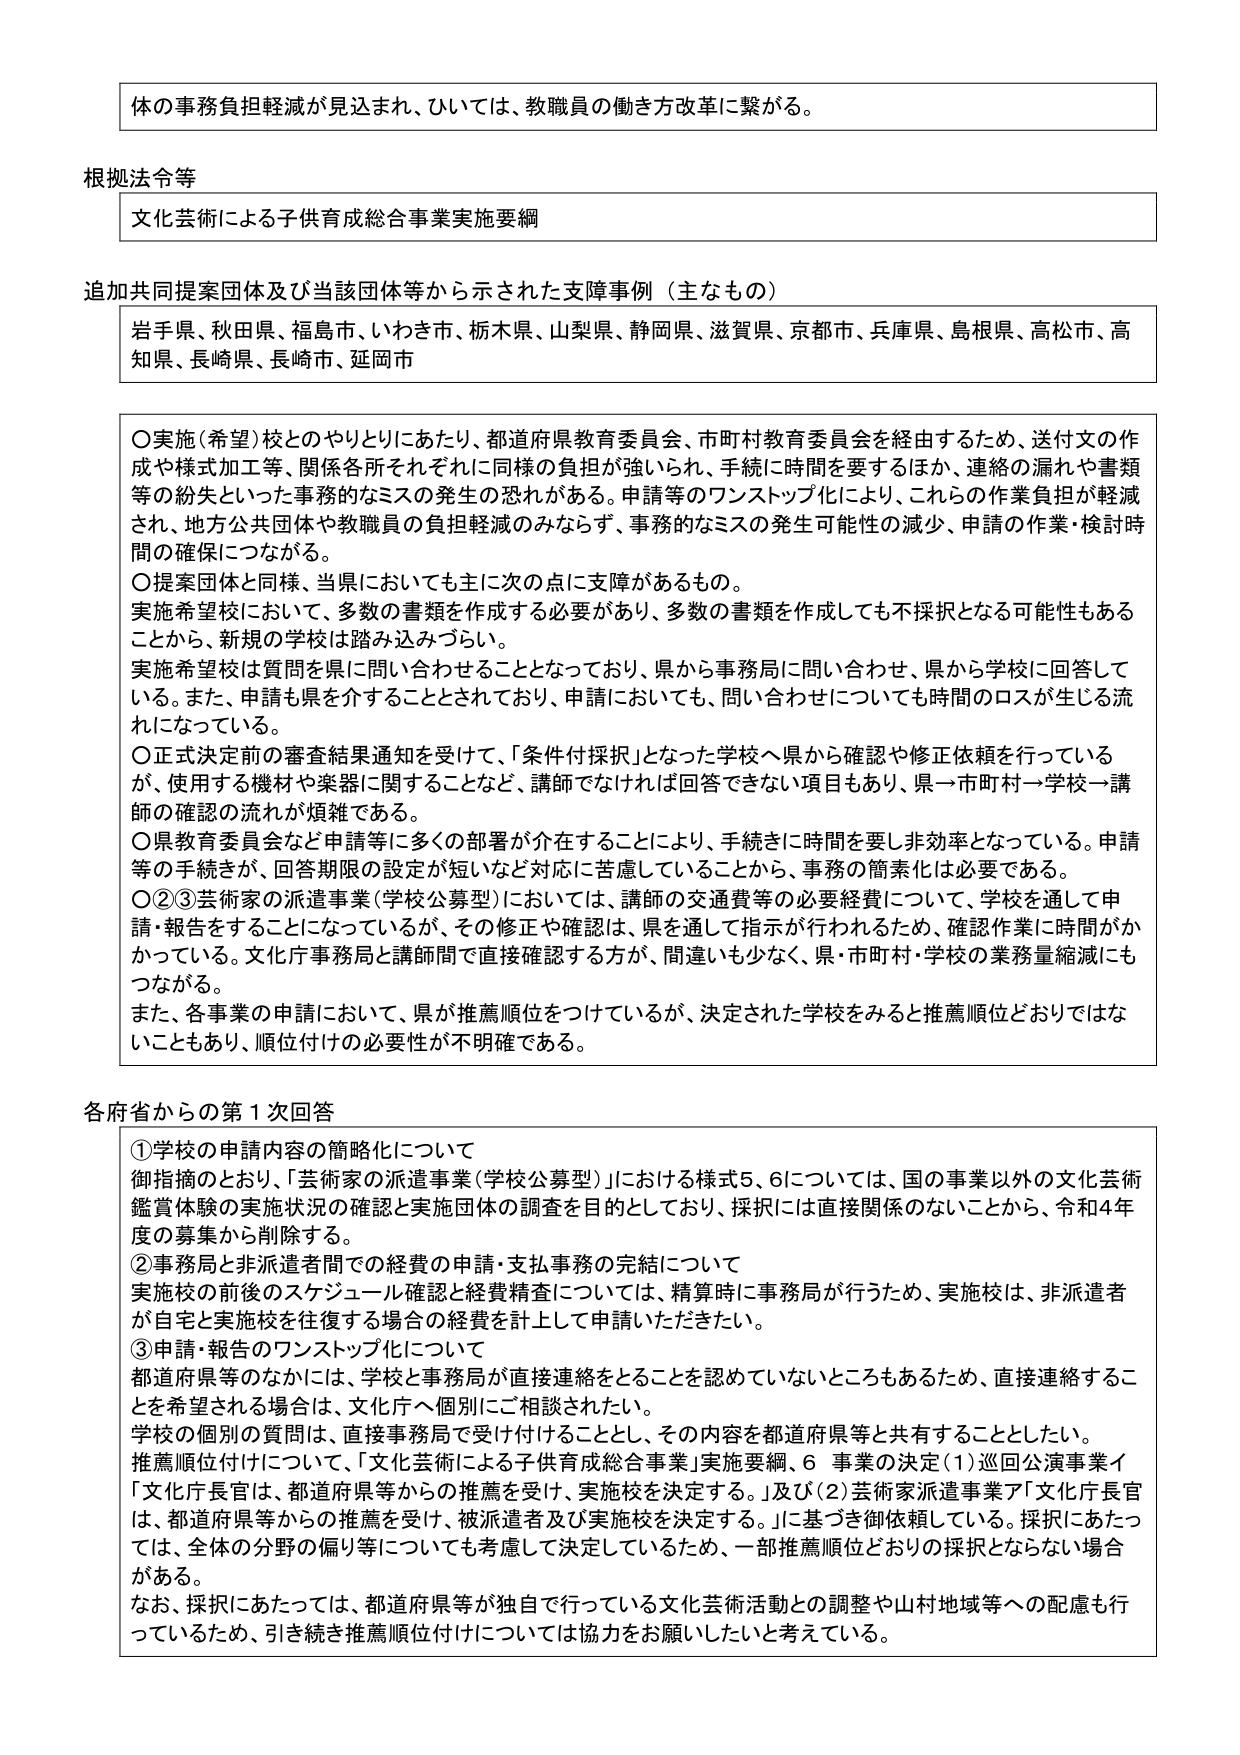
体の事務負担軽減が見込まれ、ひいては、教職員の働き方改革に繋がる。

根拠法令等
文化芸術による子供育成総合事業実施要綱

追加共同提案団体及び当該団体等から示された支障事例（主なもの）
岩手県、秋田県、福島県、いわき市、栃木県、山梨県、静岡県、滋賀県、京都市、兵庫県、島根県、高松市、高知県、長崎県、長崎市、延岡市

〇実施（希望）校とのやりとりにあたり、都道府県教育委員会、市町村教育委員会を経由するため、送付文の作成や様式加工等、関係各所それぞれに同様の負担が強いられ、手続に時間を要するほか、連絡の漏れや書類等の紛失といった事務的なミスの発生の恐れがある。申請等のワンストップ化により、これらの作業負担が軽減され、地方公共団体や教職員の負担軽減のみならず、事務的なミスの発生可能性の減少、申請の作業・検討時間の確保につながる。
〇提案団体と同様、当県においても主に次の点に支障があるもの。
実施希望校において、多数の書類を作成する必要があり、多数の書類を作成しても不採択となる可能性もあることから、新規の学校は踏み込みづらい。
実施希望校は質問を県に問い合わせることとなっており、県から事務局に問い合わせ、県から学校に回答している。また、申請も県を介することとされており、申請においても、問い合わせについても時間のロスが生じる流れになっている。
〇正式決定前の審査結果通知を受けて、「条件付採択」となった学校へ県から確認や修正依頼を行っているが、使用する機材や楽器に関することなど、講師でなければ回答できない項目もあり、県→市町村→学校→講師の確認の流れが煩雑である。
〇県教育委員会など申請等に多くの部署が介在することにより、手続きに時間を要し非効率となっている。申請等の手続きが、回答期限の設定が短いなど対応に苦慮していることから、事務の簡素化は必要である。
〇②③芸術家の派遣事業（学校公募型）においては、講師の交通費等の必要経費について、学校を通して申請・報告することになっているが、その修正や確認は、県を通じて指示が行われるため、確認作業に時間がかかっている。文化庁事務局と講師間で直接確認する方が、間違いも少なく、県・市町村・学校の業務量縮減にもつながる。
また、各事業の申請において、県が推薦順位をつけていているが、決定された学校をみると推薦順位どおりではないこともあり、順位付けの必要性が不明確である。

各府省からの第１次回答
①学校の申請内容の簡略化について
御指摘のとおり、「芸術家の派遣事業（学校公募型）」における様式5、6については、国の事業以外の文化芸術鑑賞体験の実施状況の確認と実施団体の調査を目的としており、採択には直接関係のないことから、令和4年度の募集から削除する。
②事務局と非派遣者間での経費の申請・支払事務の完結について
実施校の前後のスケジュール確認と経費精査については、精算時に事務局が行うため、実施校は、非派遣者が自宅と実施校を往復する場合の経費を計上して申請いただきたい。
③申請・報告のワンストップ化について
都道府県等のなかには、学校と事務局が直接連絡をとることを認めていないところもあるため、直接連絡することを希望される場合は、文化庁へ個別にご相談されたい。
学校の個別の質問は、直接事務局で受け付けることとし、その内容を都道府県等と共有することとしたい。
推薦順位付けについては、「文化芸術による子供育成総合事業」実施要綱、6 事業の決定（1）巡回公演事業イ「文化庁長官は、都道府県等からの推薦を受け、実施校を決定する。」及び（2）芸術家派遣事業ア「文化庁長官は、都道府県等からの推薦を受け、被派遣者及び実施校を決定する。」に基づき御依頼している。採択にあたっては、全体の分野の偏り等についても考慮して決定しているため、一部推薦順位どおりの採択とならない場合がある。
なお、採択にあたっては、都道府県等が独自で行っている文化芸術活動との調整や山村地域等への配慮も行っているため、引き続き推薦順位付けについては協力をお願いしたいと考えている。